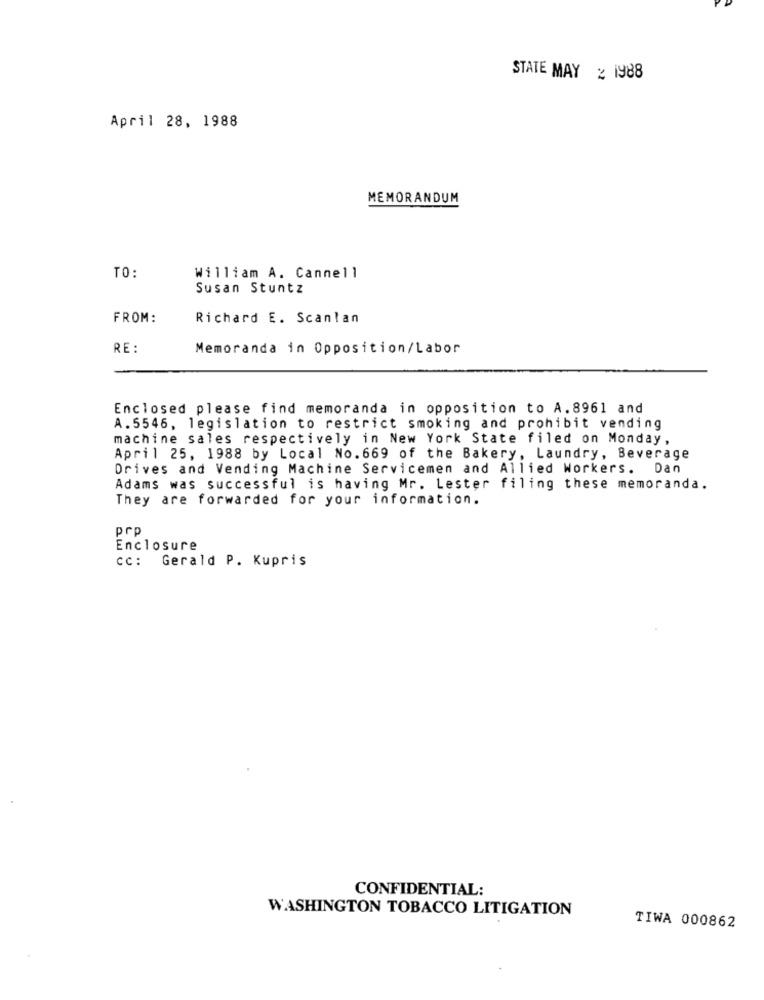
STATE MAY % 1988
April 28, 1988
MEMORANDUM
TO:
William A. Cannell
Susan Stuntz
FROM:
Richard E. Scanlan
RE:
Memoranda in Opposition/Labor
Enclosed please find memoranda in opposition to A.8961 and
A.5546, legislation to restrict smoking and prohibit vending
machine sales respectively in New York State filed on Monday,
April 25, 1988 by Local No. 669 of the Bakery, Laundry, Beverage
Drives and Vending Machine Servicemen and Allied Workers. Dan
Adams was successful is having Mr. Lester filing these memoranda.
They are forwarded for your information.
prp
Enclosure
cc: Gerald P. Kupris
CONFIDENTIAL:
WASHINGTON TOBACCO LITIGATION
TIWA 000862